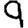
Digit: 9